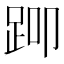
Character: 𬦨